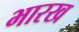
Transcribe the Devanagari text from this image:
भारख